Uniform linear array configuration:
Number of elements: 16
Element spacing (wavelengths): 0.75
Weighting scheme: cosine
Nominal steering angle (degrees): -60
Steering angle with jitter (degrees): -61.698
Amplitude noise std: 0.05
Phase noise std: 0.05

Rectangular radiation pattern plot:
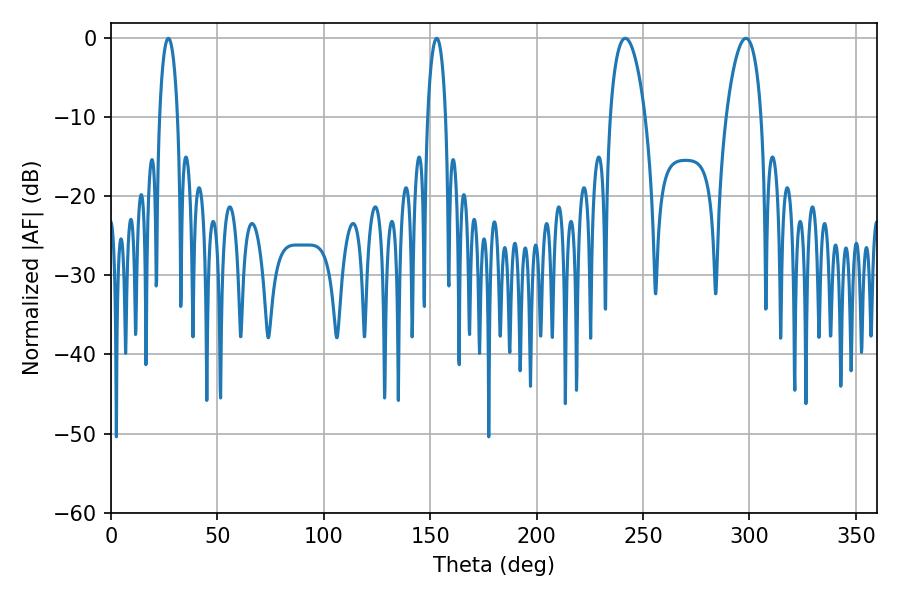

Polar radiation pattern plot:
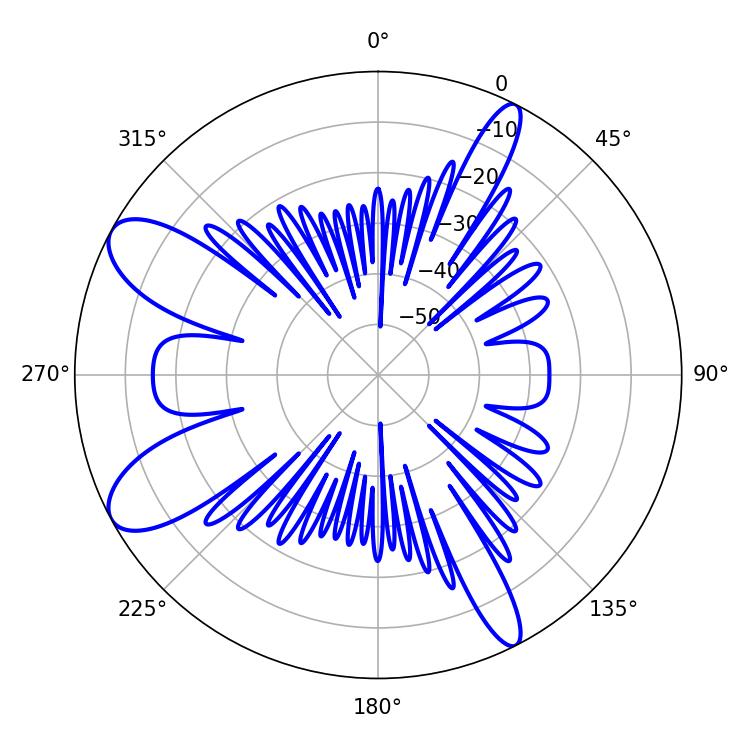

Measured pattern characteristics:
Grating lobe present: TRUE
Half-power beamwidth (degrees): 9.18
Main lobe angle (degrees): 241.74